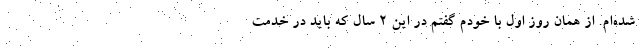
شده‌ام. از همان روز اول با خودم گفتم در این ۲ سال که باید در خدمت